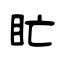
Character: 盳